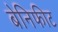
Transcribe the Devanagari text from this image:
बेनिफीट